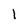
Character: 1